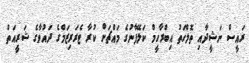
ރައީސް ނަޝީދާއި ތޮލްހަތު އިބްރާހީމް ކަލޭފާނުގެ މައްޗަށް ކުރާ ޓެރަރިޒަމްގެ ދައުވާގެ ޝަރީއަތް